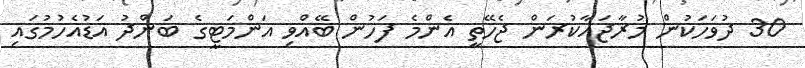
30 ދުވަހަކުން މުރާޖައާކުރަން ޖެހޭތީ އެންމެ ފަހުން ބޭއްވި އަންމަޓީގެ ބަންދު އަޑުއެހުމުގައި